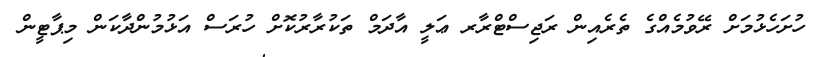
ހުށަހެޅުމަށް ރޭވުމެއްގެ ތެރެއިން ރަޖިސްޓްރާރ ޢަލީ އާދަމް ތަކުރާރުކޮށް ހުރަސް އަޅުމުންދާކަން މިޕާޓީން